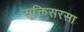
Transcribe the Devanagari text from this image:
सूक्तिसरसा